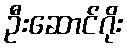
ဦးဆောင်ဂိုး